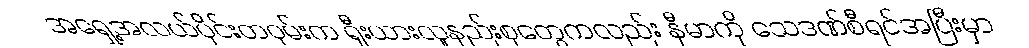
အရှေ့အလယ်ပိုင်းတဝှမ်းက ရှီးယားလူနည်းစုတွေကလည်း နီမာကို သေဒဏ်စီရင်အပြီးမှာ